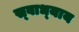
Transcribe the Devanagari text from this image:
स्‍वाध्‍याय